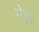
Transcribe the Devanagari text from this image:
मेट्टा